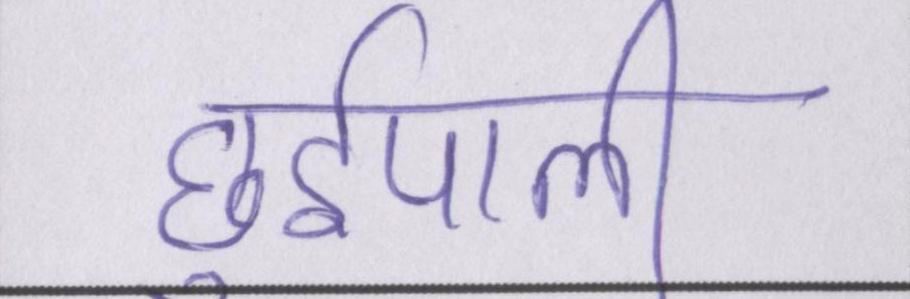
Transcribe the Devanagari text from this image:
छुईपाली